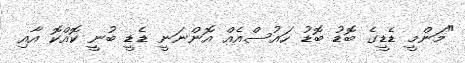
"މަންމީ ޑެޑީގެ ބޮޑު ބޮޑު ހައުސްއެއް އޮންނަނީ ޑެޑީ ބުނީ ކޮއްކޮ އާއި